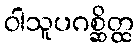
ဝါသူပဂစ္ဆိတ္ထ